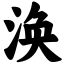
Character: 涣